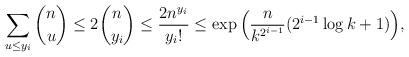
LaTeX: \begin{align*}\sum_{u\le y_i}\binom nu \le 2\binom n{y_i}\le\frac{2n^{y_i}}{y_i!}\le\exp\Big(\frac n{k^{2^{i-1}}}(2^{i-1}\log k+1)\Big),\end{align*}